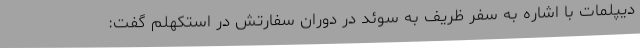
دیپلمات با اشاره به سفر ظریف به سوئد در دوران سفارتش در استکهلم گفت: